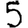
Digit: 5